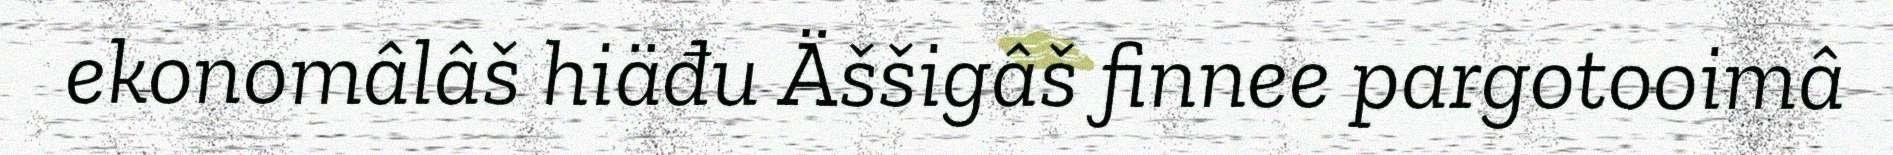
ekonomâlâš hiäđu Äššigâš finnee pargotooimâ